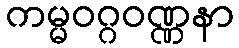
ကမ္မဝဂ္ဂဝဏ္ဏနာ